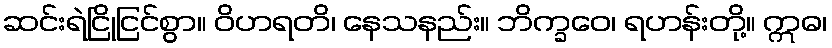
ဆင်းရဲငြိုငြင်စွာ။ ဝိဟရတိ၊ နေသနည်း။ ဘိက္ခဝေ၊ ရဟန်းတို့။ ဣဓ၊